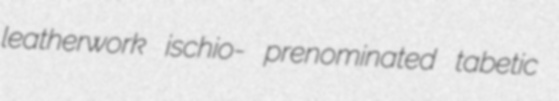
leatherwork ischio- prenominated tabetic